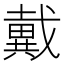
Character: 戴